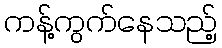
ကန့်ကွက်နေသည့်